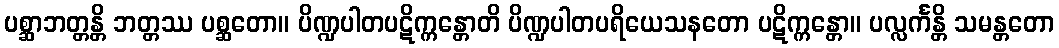
ပစ္ဆာဘတ္တန္တိ ဘတ္တဿ ပစ္ဆတော။ ပိဏ္ဍပါတပဋိက္ကန္တောတိ ပိဏ္ဍပါတပရိယေသနတော ပဋိက္ကန္တော။ ပလ္လင်္ကန္တိ သမန္တတော